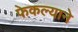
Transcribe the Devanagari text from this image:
फेकल्याने